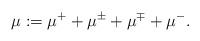
LaTeX: \begin{align*} \mu := \mu^+ + \mu^{\pm} + \mu^{\mp} + \mu^-.\end{align*}